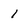
Character: 1